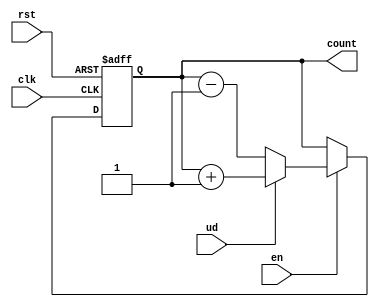
module UpDownCounter (
    input wire clk,        // Clock signal
    input wire rst,        // Asynchronous reset signal
    input wire ud,         // Up/Down control signal
    input wire en,         // Enable signal
    output reg [N-1:0] count // Counter output
);
    parameter N = 4; // Define the bit-width of the counter (can be changed as needed)

    // Asynchronous reset and counting logic
    always @(posedge clk or posedge rst) begin
        if (rst) begin
            count <= 0; // Reset the counter to 0
        end else if (en) begin
            if (ud) begin
                // Count up
                count <= count + 1;
            end else begin
                // Count down
                count <= count - 1;
            end
        end
    end

endmodule